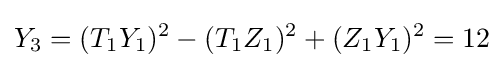
Y_{3}=(T_{1}Y_{1})^{2}-(T_{1}Z_{1})^{2}+(Z_{1}Y_{1})^{2}=12